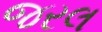
જરલ